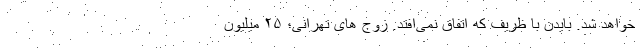
خواهد شد. بایدن با ظریف که اتفاق نمی‌افتد. زوج های تهرانی؛ ۲۵ میلیون